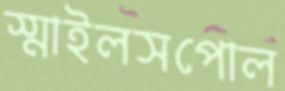
স্মাইলসপোল